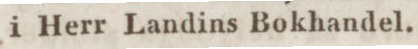
i Herr Landins Bokhandel.